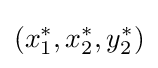
(x_{1}^{*},x_{2}^{*},y_{2}^{*})